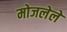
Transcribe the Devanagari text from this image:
मोजलेले